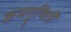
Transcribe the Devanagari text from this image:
क्रमगुणितों